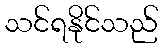
သင်ရနိုင်သည်